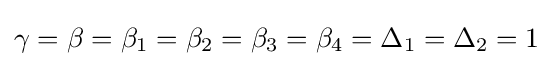
\gamma =\beta =\beta _{1}=\beta _{2}=\beta _{3}=\beta _{4}=\Delta _{1}=\Delta _{2}=1